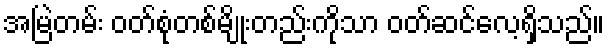
အမြဲတမ်း ဝတ်စုံတစ်မျိုးတည်းကိုသာ ဝတ်ဆင်လေ့ရှိသည်။